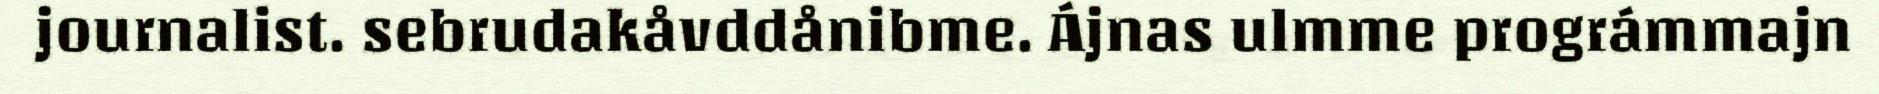
journalist. sebrudakåvddånibme. Ájnas ulmme prográmmajn